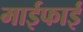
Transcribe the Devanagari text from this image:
माईफाई